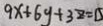
9 x + 6 y + 3 z = 1 5